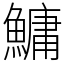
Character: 鱅